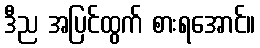
ဒီည အပြင်ထွက် စားရအောင်။